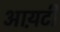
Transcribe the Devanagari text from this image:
आय़टी